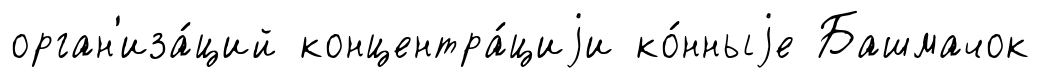
орган'иза́ций концентра́циjи ко́нныjе Башмачок